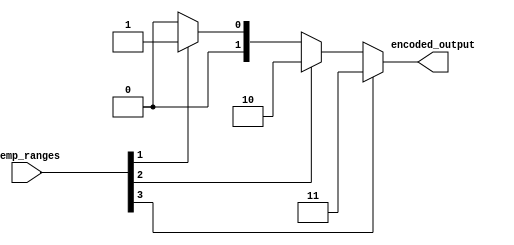
module thermal_encoder (
    input wire [3:0] temp_ranges, // 4 input signals for temperature ranges
    output reg [1:0] encoded_output // 2-bit output for encoding
);

    always @(*) begin
        case (1'b1) // Check for active inputs
            temp_ranges[3]: encoded_output = 2'b11; // 76-100C
            temp_ranges[2]: encoded_output = 2'b10; // 51-75C
            temp_ranges[1]: encoded_output = 2'b01; // 26-50C
            temp_ranges[0]: encoded_output = 2'b00; // 0-25C
            default: encoded_output = 2'b00; // Default output when no inputs are active
        endcase
    end

endmodule